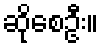
ဆိုစေဦး။